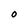
Character: 0